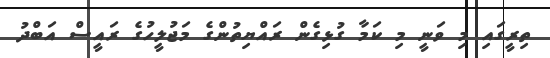
ތިރީގައި މި ވަނީ މި ކަމާ ގުޅިގެން ރައްޔިތުންގެ މަޖުލީހުގެ ރައީސް އަބްދު